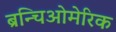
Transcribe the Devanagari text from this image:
ब्रन्चिओमेरिक